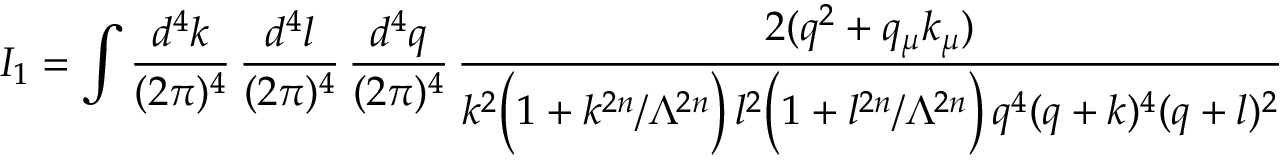
I _ { 1 } = \int \frac { d ^ { 4 } k } { ( 2 \pi ) ^ { 4 } } \, \frac { d ^ { 4 } l } { ( 2 \pi ) ^ { 4 } } \, \frac { d ^ { 4 } q } { ( 2 \pi ) ^ { 4 } } \, \frac { 2 ( q ^ { 2 } + q _ { \mu } k _ { \mu } ) } { k ^ { 2 } \Big ( 1 + k ^ { 2 n } / \Lambda ^ { 2 n } \Big ) \, l ^ { 2 } \Big ( 1 + l ^ { 2 n } / \Lambda ^ { 2 n } \Big ) \, q ^ { 4 } ( q + k ) ^ { 4 } ( q + l ) ^ { 2 } }